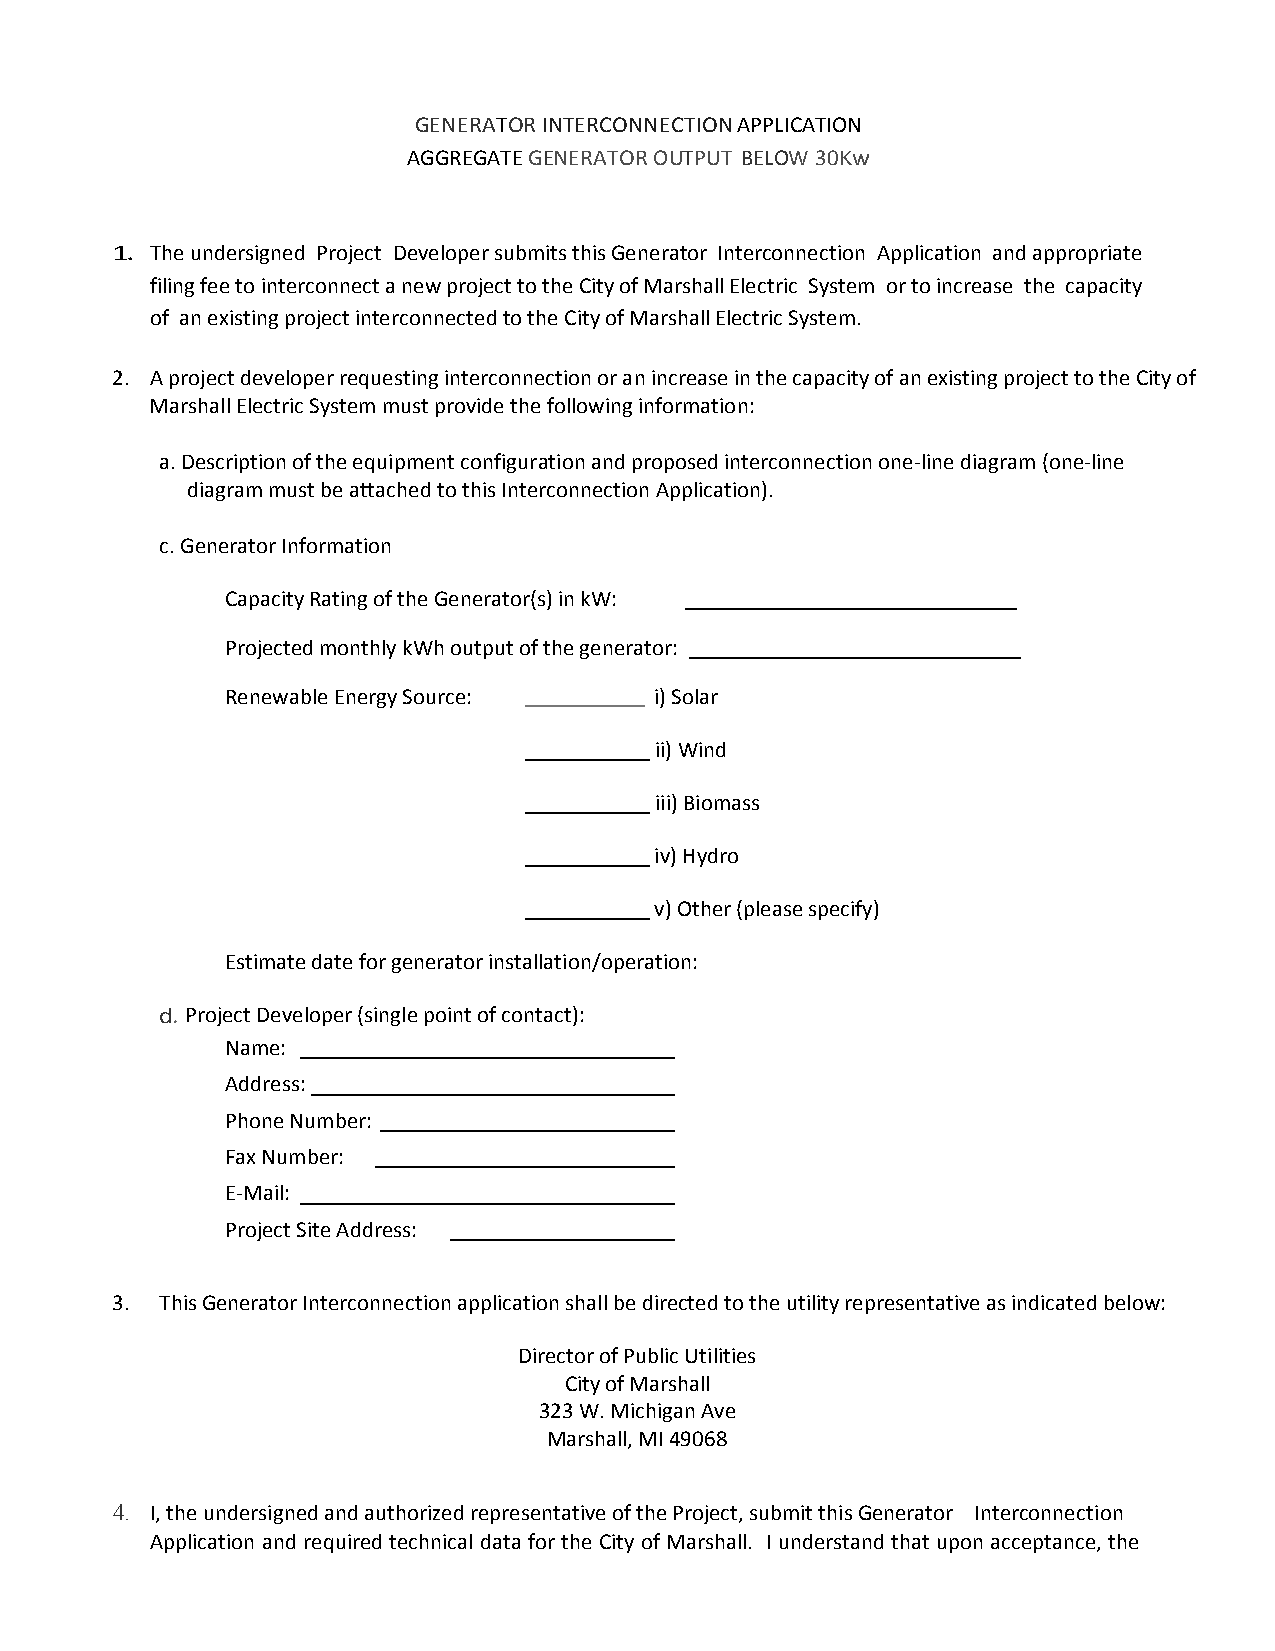
GENERATOR INTERCONNECTION APPLICATION
 AGGREGATE GENERATOR OUTPUT BELOW 30Kw
 1. The undersigned Project Developer submits this Generator Interconnection Application and appropriate
 filing fee to interconnect a new project to the City of Marshall Electric System or to increase the capacity
 of an existing project interconnected to the City of Marshall Electric System.
 2. A project developer requesting interconnection or an increase in the capacity of an existing project to the City of
 Marshall Electric System must provide the following information:
 a. Description of the equipment configuration and proposed interconnection one‐line diagram (one‐line
 diagram must be attached to this Interconnection Application).
 c. Generator Information
 Capacity Rating of the Generator(s) in kW:
 Projected monthly kWh output of the generator:
 Renewable Energy Source:    i) Solar
 ii) Wind
 iii) Biomass
 iv) Hydro
 v) Other (please specify)
 Estimate date for generator installation/operation:
 d. Project Developer (single point of contact):
 Name:
 Address:
 Phone Number:
 Fax Number:
 E‐Mail:
 Project Site Address:
 3.  This Generator Interconnection application shall be directed to the utility representative as indicated below:
 Director of Public Utilities
 City of Marshall
 323 W. Michigan Ave
 Marshall, MI 49068
 4. I, the undersigned and authorized representative of the Project, submit this Generator Interconnection
 Application and required technical data for the City of Marshall. I understand that upon acceptance, the